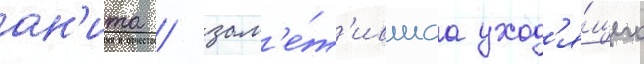
ан'ита / зам'е́т'ившаа уход'я́щего